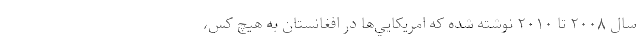
سال ۲۰۰۸ تا ۲۰۱۰ نوشته شده كه امريكايي‌ها در افغانستان به هيچ كس،